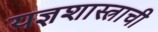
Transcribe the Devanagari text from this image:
यज्ञशास्त्राची